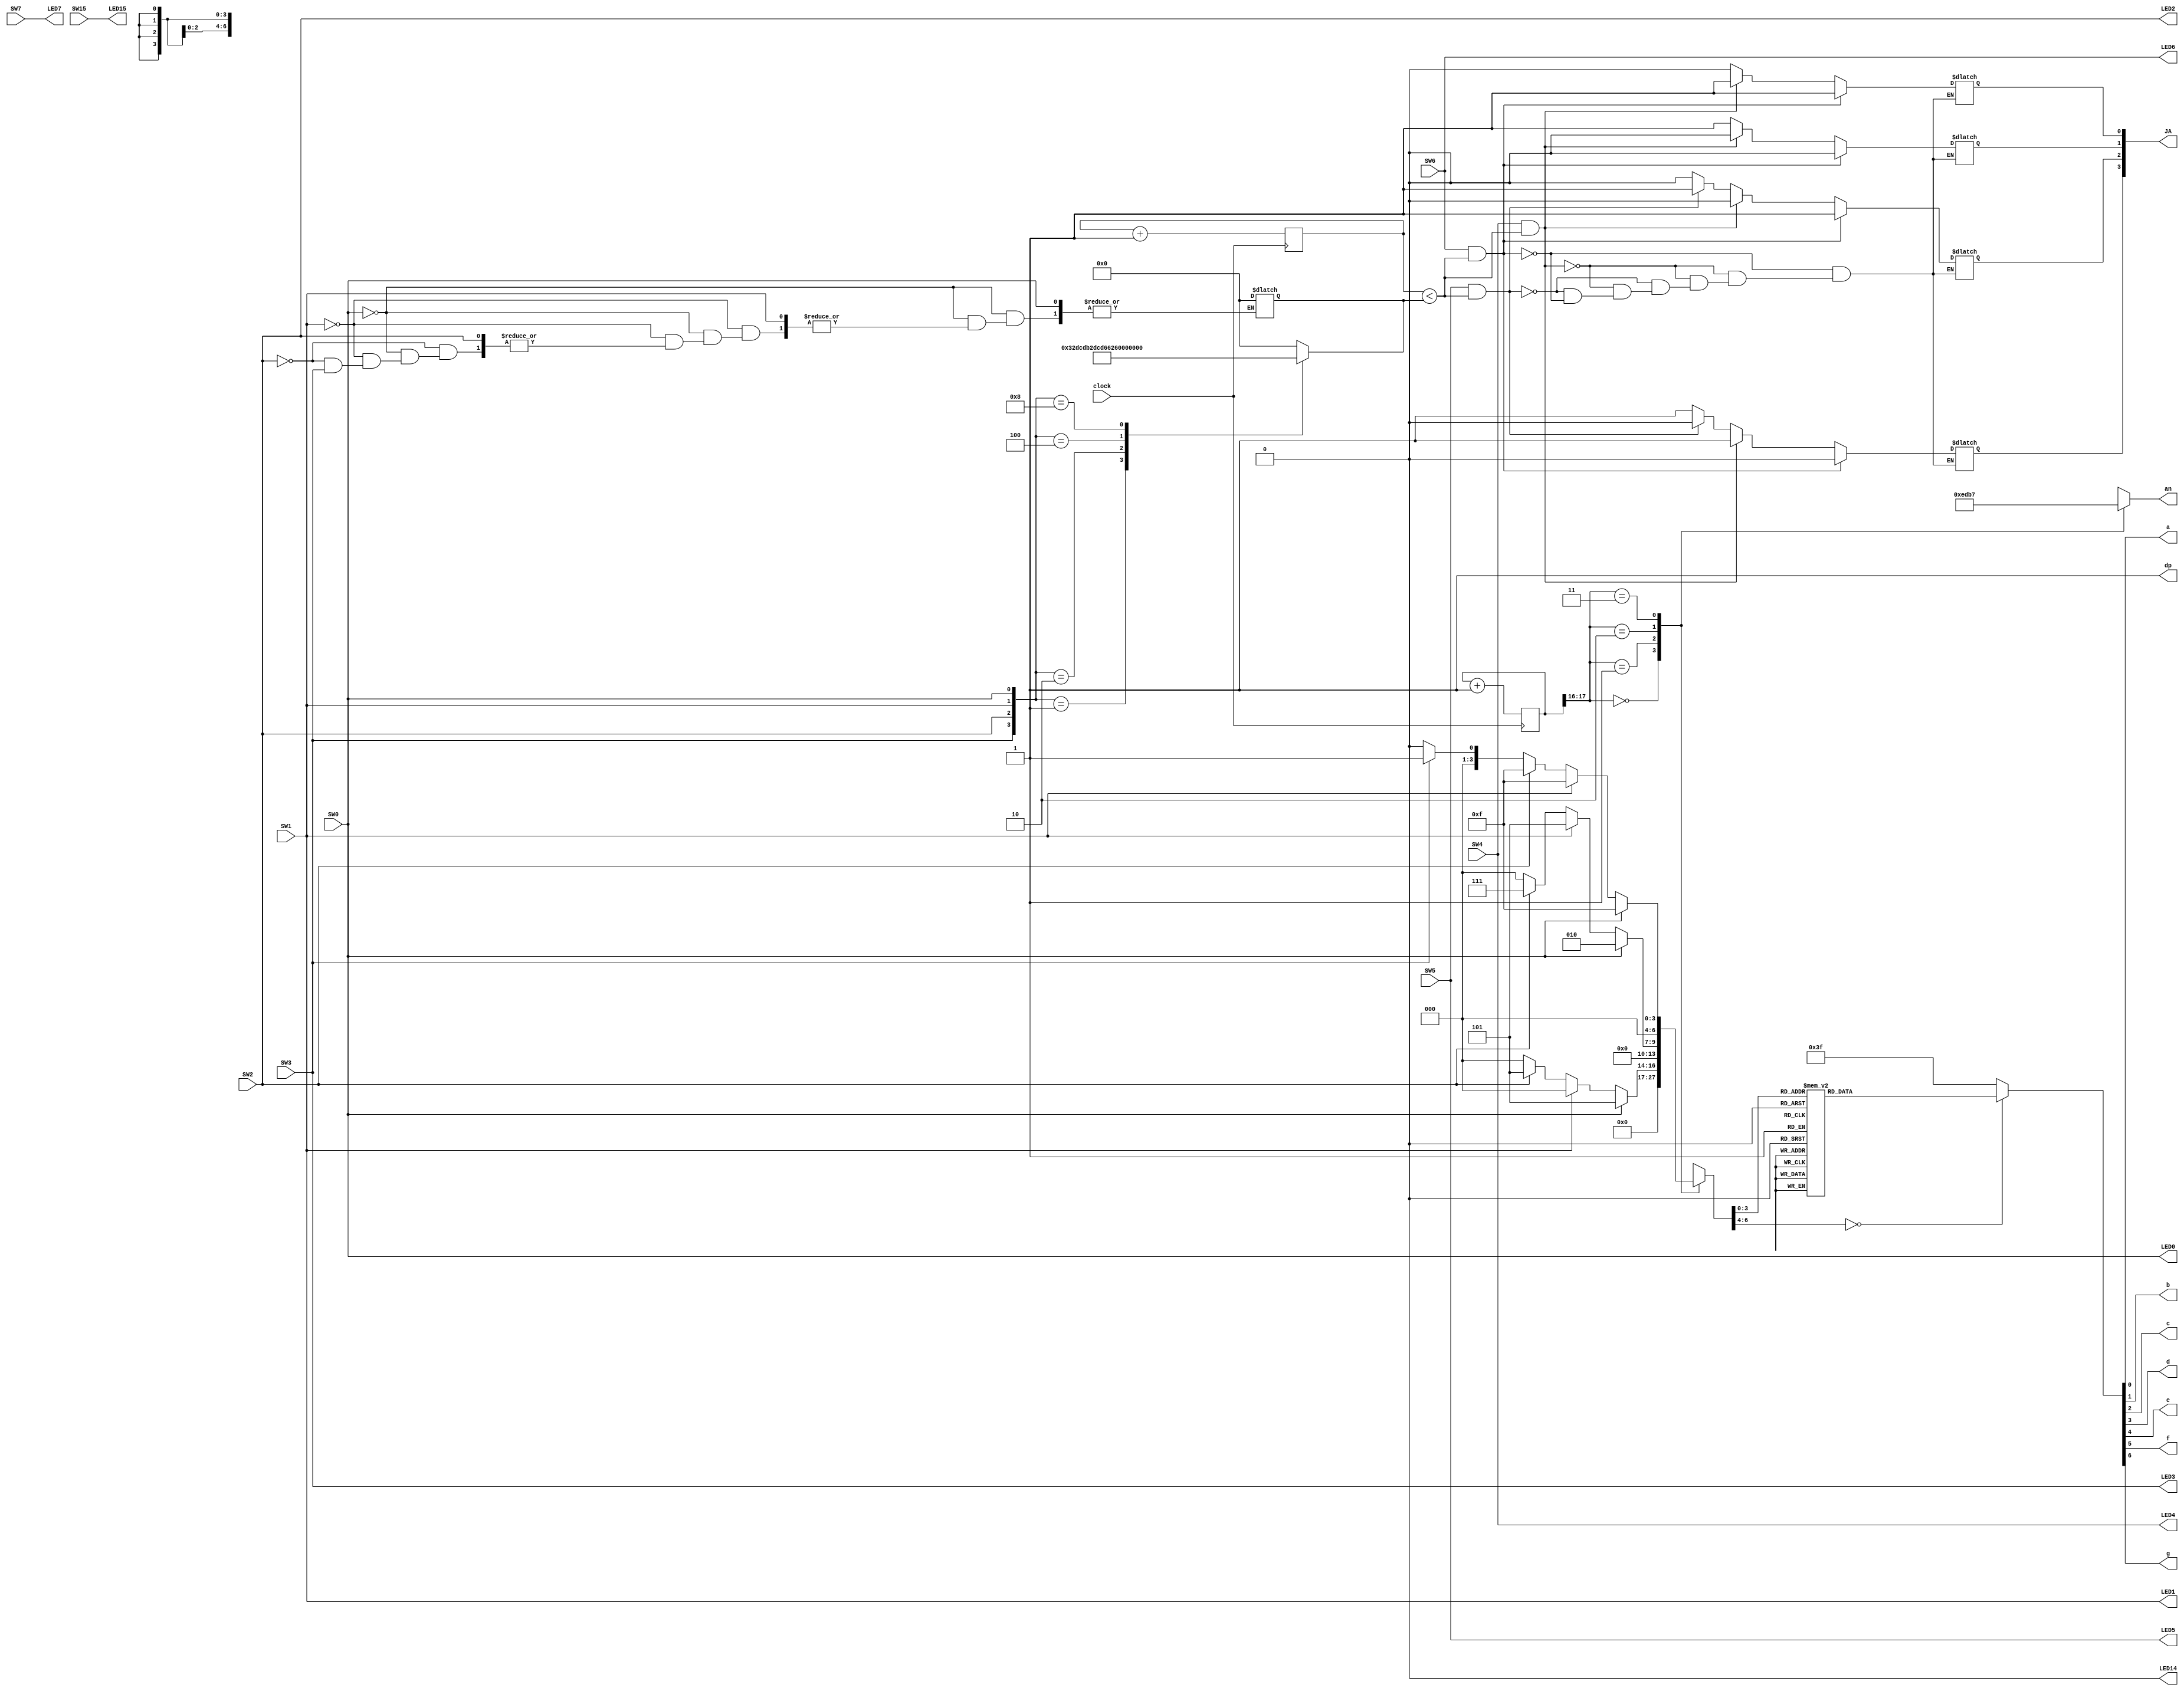
`timescale 1ns / 1ps
//////////////////////////////////////////////////////////////////////////////////
// Company: Oh yes
// 
// Design Name: 
// Module Name: Mini_project
// Project Name: 
// Target Devices: 
// Tool Versions: 
// Description: 
// 
// Dependencies: 
// 
// Revision:
// Revision 0.01 - File Created
// Additional Comments:
// 
//////////////////////////////////////////////////////////////////////////////////


module Mini_project(

    input SW0,SW1,SW2,SW3,SW4,SW5,SW6,SW7,SW15,
    input clock,
    output LED0,LED1,LED2,LED3,LED4,LED5,LED6,LED7,LED14,LED15,
    output a, b, c, d, e, f, g, dp,
    output [3:0] an,  
    output [3:0] JA
   
    );
   
    assign LED0 = SW0;
    assign LED1 = SW1;
    assign LED2 = SW2;
    assign LED3 = SW3;
    assign LED4 = SW4;
    assign LED5 = SW5;
    assign LED6 = SW6;
    assign LED7 = SW7;
    assign LED15 = SW15;
    assign reset0 = SW15;
    assign resetn0 = SW15;
    
    localparam N = 18;
   reg [3:0] in0, in1, in2, in3;
    
    reg [18:0] counter;
    reg [24:0] count;
    reg [18:0] width;
    reg [20:0] speed;
    reg [N-1:0]countn;
    reg [1:0] reset;
    reg [1:0] resetn;
    reg [6:0]sseg;
    reg [3:0]an_temp;
    reg [6:0] sseg_temp;
    reg [30:0] stop;
    reg LEDONOFF;
    reg JA_temp;
    reg JA0_temp, JA1_temp, JA2_temp, JA3_temp;
   
    assign LED14 = LEDONOFF;
   
    initial begin
        counter = 0;
        count = 0;
        countn = 0;
        
        speed = 0;
        stop = 0;
        width=0;
        in0 = 0;
        in1 = 0;
        in2 = 0;
        in3 = 0;
        reset = 0;
        resetn = 0;
        LEDONOFF = 0;
    end  
   
    always@(*) begin    //sets speed value and updates 7-seg to display duty cycle
        if(SW0)
        begin
            
              //25% duty cycle
            in1 = 5;
            in2 = 2;
            in3 = 15;
        end 
        else if(SW1)
        begin
            
              //50% duty cycle
            in1 = 0;
            in2 = 5;
            in3 = 15;
        end 
        else if(SW2)
        begin
          
              //75% duty cycle
            in1 = 5;
            in2 = 7;
            in3 = 15;
        end 
        else if(SW3)
        begin
            
              //100% duty cycle
            in1 = 0;
            in2 = 0;
            in3 = 1;
        end 
        else 
        begin
            
            speed = 0; //OFF
            in1 = 0;
            in2 = 0;
            in3 = 0;
        end
    end
   
    always@(*)begin                 //assigns width value to create PWM signal
    case({SW3,SW2,SW1,SW0})
    4'b0001: speed=416667; //
    4'b0010: speed=833333;
    4'b0100: speed=1249999;
    4'b1000: speed=1666667;
    default: speed = 0;
    endcase
    end
    // DISPLAY STUFF (NOT IMPORTANT)
    always@(posedge clock) begin
        if (resetn)                     //counter for 7-segment display multiplexing
            countn <= 0;
        else
            countn <= countn + 1;
    end
   
   always@(posedge clock) begin
        
        if (counter == 1666667)  
            counter <= 0;
            
        else
            counter <= counter + 1;
        if(counter < speed)begin
                JA_temp <= 1;
            end
            else begin
                JA_temp <= 0;
            end
    end
    
   
    always @(*)begin
    if(SW4 && counter < speed) begin //Forwards
        JA0_temp = 1;
        JA1_temp = 0;
        JA2_temp = 0;
        JA3_temp = 1;
        
        
    end 
    else if(SW5 && counter < speed) begin //Backwards
        JA0_temp = 0;
        JA1_temp = 1;
        JA2_temp = 1;
        JA3_temp = 0;
        
    end 
    else if (SW6 && counter < speed) begin //Left
        JA0_temp = 0;
        JA1_temp = 1;
        JA2_temp = 0;
        JA3_temp = 1;
        
    end       
        
    if(SW6 && counter < speed) begin //Right
        JA0_temp = 1;
        JA1_temp = 0;
        JA2_temp = 1;
        JA3_temp = 0;
        
    end    


   end
 
   
    always @ (*)begin       //turn on anode 0-3
    case(countn[N-1:N-2]) //using only the 2 MSB's of the counter
        2'b00 :  //When the 2 MSB's are 00 enable the fourth display
        begin
            sseg = in0;
            an_temp = 4'b1110;
        end
        2'b01:  //When the 2 MSB's are 01 enable the third display
        begin
            sseg = in1;
            an_temp = 4'b1101;
        end
        2'b10:  //When the 2 MSB's are 10 enable the second display
        begin
            sseg = in2;
            an_temp = 4'b1011;
        end
        2'b11:  //When the 2 MSB's are 11 enable the first display
        begin
            sseg = in3;
            an_temp = 4'b0111;
        end
    endcase
    end
   
    assign an = an_temp;    //turn on anode 0-3
   
    always @ (*)begin       //assign which segments are turned off/on to display a character
    case(sseg)
        4'd0 : sseg_temp = 7'b1000000; //to display 0
        4'd1 : sseg_temp = 7'b1111001; //to display 1
        4'd2 : sseg_temp = 7'b0100100; //to display 2
        4'd3 : sseg_temp = 7'b0110000; //to display 3
        4'd4 : sseg_temp = 7'b0011001; //to display 4
        4'd5 : sseg_temp = 7'b0010010; //to display 5
        4'd6 : sseg_temp = 7'b0000010; //to display 6
        4'd7 : sseg_temp = 7'b1111000; //to display 7
        4'd8 : sseg_temp = 7'b0000000; //to display 8
        4'd9 : sseg_temp = 7'b0010000; //to display 9
        4'd10 : sseg_temp = 7'b0000011;//to display b
        4'd11 : sseg_temp = 7'b0001110;//to display F
        4'd12 : sseg_temp = 7'b1000111;//to display L
        4'd13 : sseg_temp = 7'b0101111;//to display R
        default : sseg_temp = 7'b0111111; //dash
    endcase
    end
   
   assign {g, f, e, d, c, b, a} = sseg_temp;   //output the selected charater to segments a-g
   
   assign dp = 1'b1;       //The decimal point on the 7-seg display is always off
   
    
   assign JA[0] = JA0_temp;
   assign JA[1] = JA1_temp; 
   assign JA[2] = JA2_temp; 
   assign JA[3] = JA3_temp;
   
   

endmodule